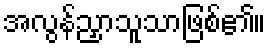
အလွန်ညှာသူသာဖြစ်၏။